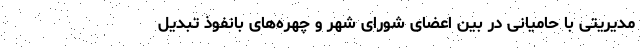
مدیریتی با حامیانی در بین اعضای شورای شهر و چهره‌های بانفوذ تبدیل